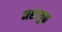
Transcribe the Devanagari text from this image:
नशायुक्त